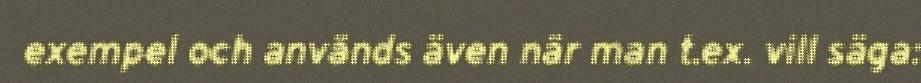
exempel och används även när man t.ex. vill säga: